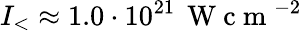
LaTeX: I_{<}\approx 1.0\cdot 10^{21}\, \mathrm{~W~c~m~}^{-2}